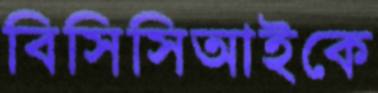
বিসিসিআইকে